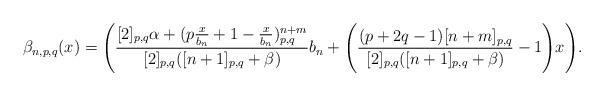
LaTeX: \begin{align*}\beta_{n,p,q}(x)=\Biggl(\dfrac{[2]_{p,q}\alpha+(p\frac{x}{b_n}+1-\frac{x}{b_n})_{p,q}^{n+m}}{[2]_{p,q}([n+1]_{p,q}+\beta)}b_n+\Biggl(\dfrac{(p+2q-1)[n+m]_{p,q}}{[2]_{p,q}([n+1]_{p,q}+\beta)}-1\Biggl)x \Biggl).\end{align*}